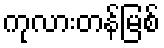
ကုလားတန်မြစ်